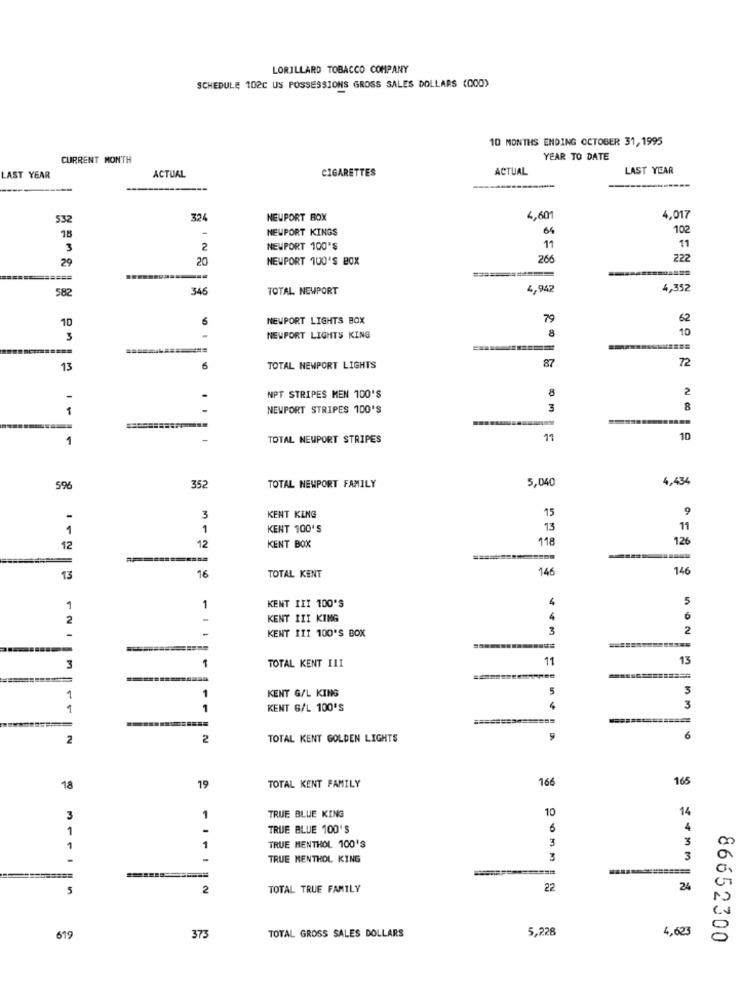
LORILLARD TOBACCO COMPANY
SCHEDULE 102C US POSSESSIONS GROSS SALES DOLLARS (000)
10 MONTHS ENDING OCTOBER 31,1995
CURRENT MONTH
YEAR TO DATE
CIGARETTES
ACTUAL
LAST YEAR
LAST YEAR
ACTUAL
532
324
NEWPORT BOX
4,60
4,017
18
-
NEWPORT KINGS
64
102
3
2
NEWPORT 100'S
11
11
29
20
NEWPORT 100'S BOX
266
222
--
====
582
346
TOTAL NEWPORT
4,942
4,352
10
6
NEWPORT LIGHTS BOX
79
62
8
10
3
-
NEWPORT LIGHTS KING
1
13
TOTAL NEWPORT LIGHTS
87
72
8
2
NPT STRIPES MEN 100'S
1
NEWPORT STRIPES 100'S
3
B
1
TOTAL NEWPORT STRIPES
11
10
5,040
4,434
596
352
TOTAL NEWPORT FAMILY
15
9
3
KENT KLNG
1
1
KENT 100'S
13
11
118
126
12
12
KENT BOX
TOTAL KENT
146
146
13
16
KENT III 100'S
4
5
1
1
2
KENT III KING
4
KENT III 100'S BOX
3
2
1
TOTAL KENT III
11
13
3
KENT G/L KING
5
1
1
1
1
KENT G/L 100'S
3
======
=========
2
2
TOTAL KENT GOLDEN LIGHTS
6
166
165
18
19
TOTAL KENT FAMILY
10
14
3
1
TRUE BLUE KING
1
-
TRUE BLUE 100'S
6
4
3
3
1
1
TRUE MENTHOL 100'S
-
-
TRUE MENTHOL KING
3
5
2
TOTAL TRUE FAMILY
22
24
5,228
4,623
619
373
TOTAL GROSS SALES DOLLARS
86652300